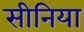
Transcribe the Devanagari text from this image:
सीनिया